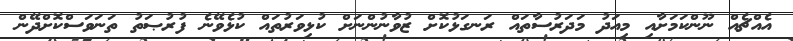
އެއްޗެއް ނޫންކަމަށާއި މިއަދު މަދަރުސާތައް ރަނގަޅުކޮށް ޒުވާނުންނަށް ކުޅިވަރުތައް ކުޅެވޭނެ ފުރުޞަތު ތަނަވަސްކޮށްދޭން